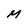
Character: M